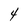
Character: 4